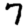
Digit: 7